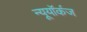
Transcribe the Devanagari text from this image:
न्यूयॉर्कज